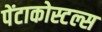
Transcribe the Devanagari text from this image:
पेंटाकोस्टल्स